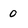
Character: 0